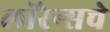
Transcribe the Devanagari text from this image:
लॉरेन्सचे